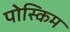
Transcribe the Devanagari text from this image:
पोस्किम